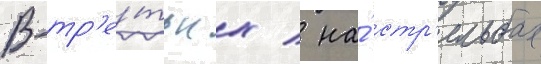
В-тр'е́тьих / на́ стр'ельбах